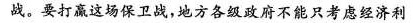
战。要打赢这场保卫战，地方各级政府不能只考虑经济利